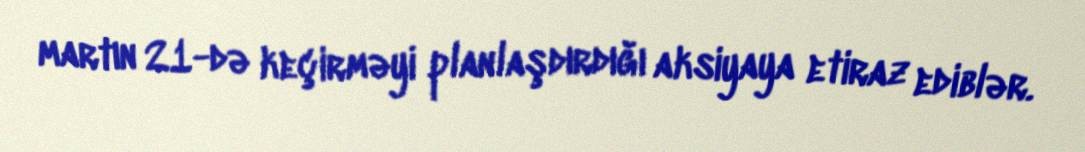
martın 21-də keçirməyi planlaşdırdığı aksiyaya etiraz ediblər.